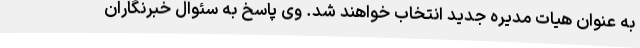
به عنوان هیات مدیره جدید انتخاب خواهند شد. وی پاسخ به سئوال خبرنگاران